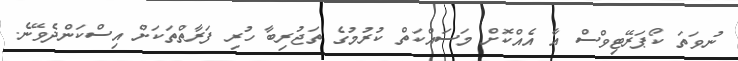
ނުވަތަ ކޯޕަރޭޓިވްސް އާ އެއްކޮށް މަސައްކަތް ކުރުމުގެ ތަޖުރިބާ ހުރި ފަރާތްތަކަށް އިސްކަންދެވޭނެ.